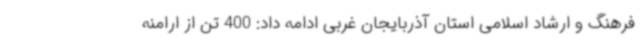
فرهنگ و ارشاد اسلامی استان آذربایجان غربی ادامه داد: 400 تن از ارامنه